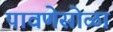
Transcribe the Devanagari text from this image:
पावणेसोळा